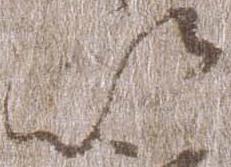
次